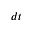
d t